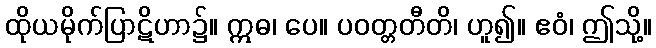
ထိုယမိုက်ပြာဋိဟာ၌။ ဣဓ၊ ပေ။ ပဝတ္တတီတိ၊ ဟူ၍။ ဧဝံ၊ ဤသို့။